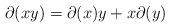
LaTeX: \begin{align*}\partial (xy)=\partial(x)y+x\partial(y)\end{align*}